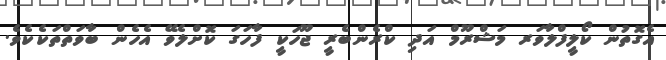
އެގޮތުން ކޯލީފްލާވަރ މަޝްރޫމް އަދި ކްރެންބެރީ ޖޫހަކީ ފާހަގަ ކޮށްލެވޭ އެހެން ބާވަތްތަކެކެވެ.